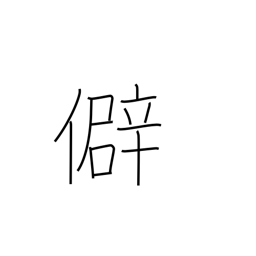
Meaning: prejudice